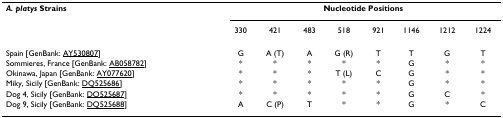
<table><thead><tr><td><b><i>A. platys </i>Strains</b></td><td colspan="8"><b>Nucleotide Positions</b></td></tr><tr><td></td><td><b>330</b></td><td><b>421</b></td><td><b>483</b></td><td><b>518</b></td><td><b>921</b></td><td><b>1146</b></td><td><b>1212</b></td><td><b>1224</b></td></tr></thead><tbody><tr><td>Spain [GenBank: AY530807]</td><td>G</td><td>A (T)</td><td>A</td><td>G (R)</td><td>T</td><td>T</td><td>G</td><td>T</td></tr><tr><td>Sommieres, France [GenBank: AB058782]</td><td>*</td><td>*</td><td>*</td><td>*</td><td>*</td><td>G</td><td>*</td><td>*</td></tr><tr><td>Okinawa, Japan [GenBank: AY077620]</td><td>*</td><td>*</td><td>*</td><td>T (L)</td><td>C</td><td>G</td><td>*</td><td>*</td></tr><tr><td>Miky, Sicily [GenBank: DQ525686]</td><td>*</td><td>*</td><td>*</td><td>*</td><td>*</td><td>G</td><td>*</td><td>*</td></tr><tr><td>Dog 4, Sicily [GenBank: DQ525687]</td><td>*</td><td>*</td><td>*</td><td>*</td><td>*</td><td>G</td><td>C</td><td>*</td></tr><tr><td>Dog 9, Sicily [GenBank: DQ525688]</td><td>A</td><td>C (P)</td><td>T</td><td>*</td><td>*</td><td>G</td><td>*</td><td>C</td></tr></tbody></table>